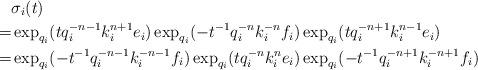
LaTeX: \begin{align*}&\sigma_i(t)\\=&\exp_{q_i}(tq_i^{-n-1}k_i^{n+1}e_i)\exp_{q_i}(-t^{-1}q_i^{-n}k_i^{-n}f_i)\exp_{q_i}(tq_i^{-n+1}k_i^{n-1}e_i)\\=&\exp_{q_i}(-t^{-1}q_i^{-n-1}k_i^{-n-1}f_i)\exp_{q_i}(tq_i^{-n}k_i^{n}e_i)\exp_{q_i}(-t^{-1}q_i^{-n+1}k_i^{-n+1}f_i)\end{align*}